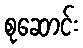
စုဆောင်း